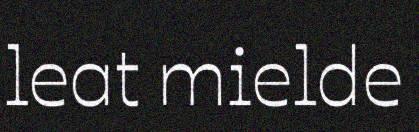
leat mielde